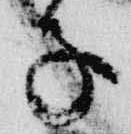
子